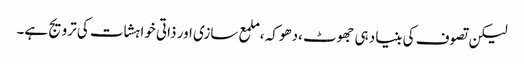
لیکن تصوف کی بنیاد ہی جھوٹ ،دھوکہ ،ملمع سازی اور ذاتی خواہشات کی ترویج ہے۔